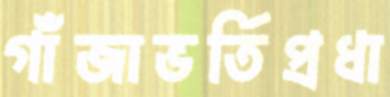
গাঁজাভর্তিপ্রধা